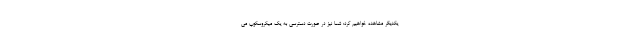
یکدیگر مشاهده خواهیم کرد: شما نیز در صورت دسترسی به یک میکروسکوپ می